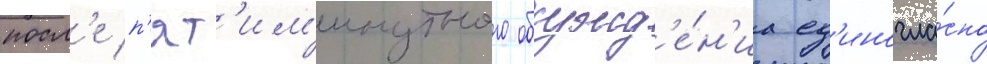
посл'е п'ят'им'инутного обсужд'е́н'иа ед'иногла́сно